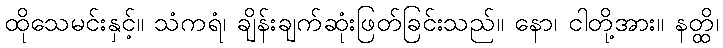
ထိုသေမင်းနှင့်။ သံကရံ၊ ချိန်းချက်ဆုံးဖြတ်ခြင်းသည်။ နော၊ ငါတို့အား။ နတ္ထိ၊